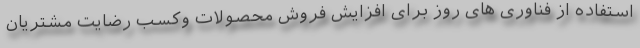
استفاده از فناوری های روز برای افزایش فروش محصولات وکسب رضایت مشتریان